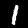
Digit: 1